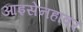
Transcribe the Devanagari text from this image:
आइसेनहावर